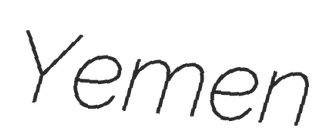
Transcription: Yemen